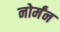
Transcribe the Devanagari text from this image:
नोर्मंन